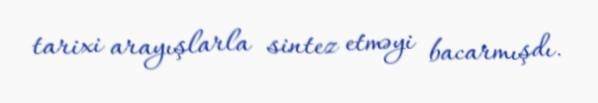
tarixi arayışlarla sintez etməyi bacarmışdı.